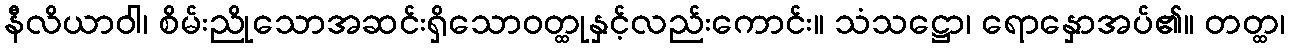
နီလိယာဝါ၊ စိမ်းညိုသောအဆင်းရှိသောဝတ္ထုနှင့်လည်းကောင်း။ သံသဋ္ဌော၊ ရောနှောအပ်၏။ တတ္ထ၊